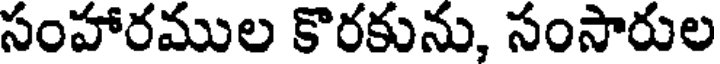
సంహారముల కొరకును, సంసారుల